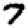
Digit: 7